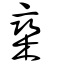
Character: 欒